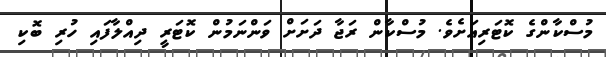
މުސްކާންގެ ކޮޓަރިއަށެވެ. މުސްކާން ރަޖާ ދަށަށް ވަންނަމުން ކޮޓަރީ ދިއްލާފައި ހުރި ބޮކި